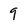
Character: 9